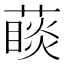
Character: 𦽉